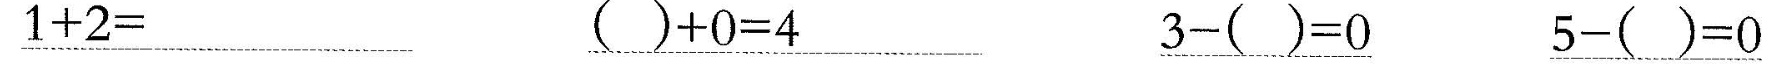
\underline{$$1 + 2 =$$} \underline{$$( ) + 0 = 4$$} \underline{$$3 - ( ) = 0$$} \underline{$$5 - ( ) = 0$$}